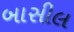
બાસીલ